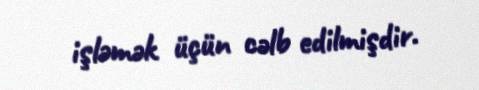
işləmək üçün cəlb edilmişdir.